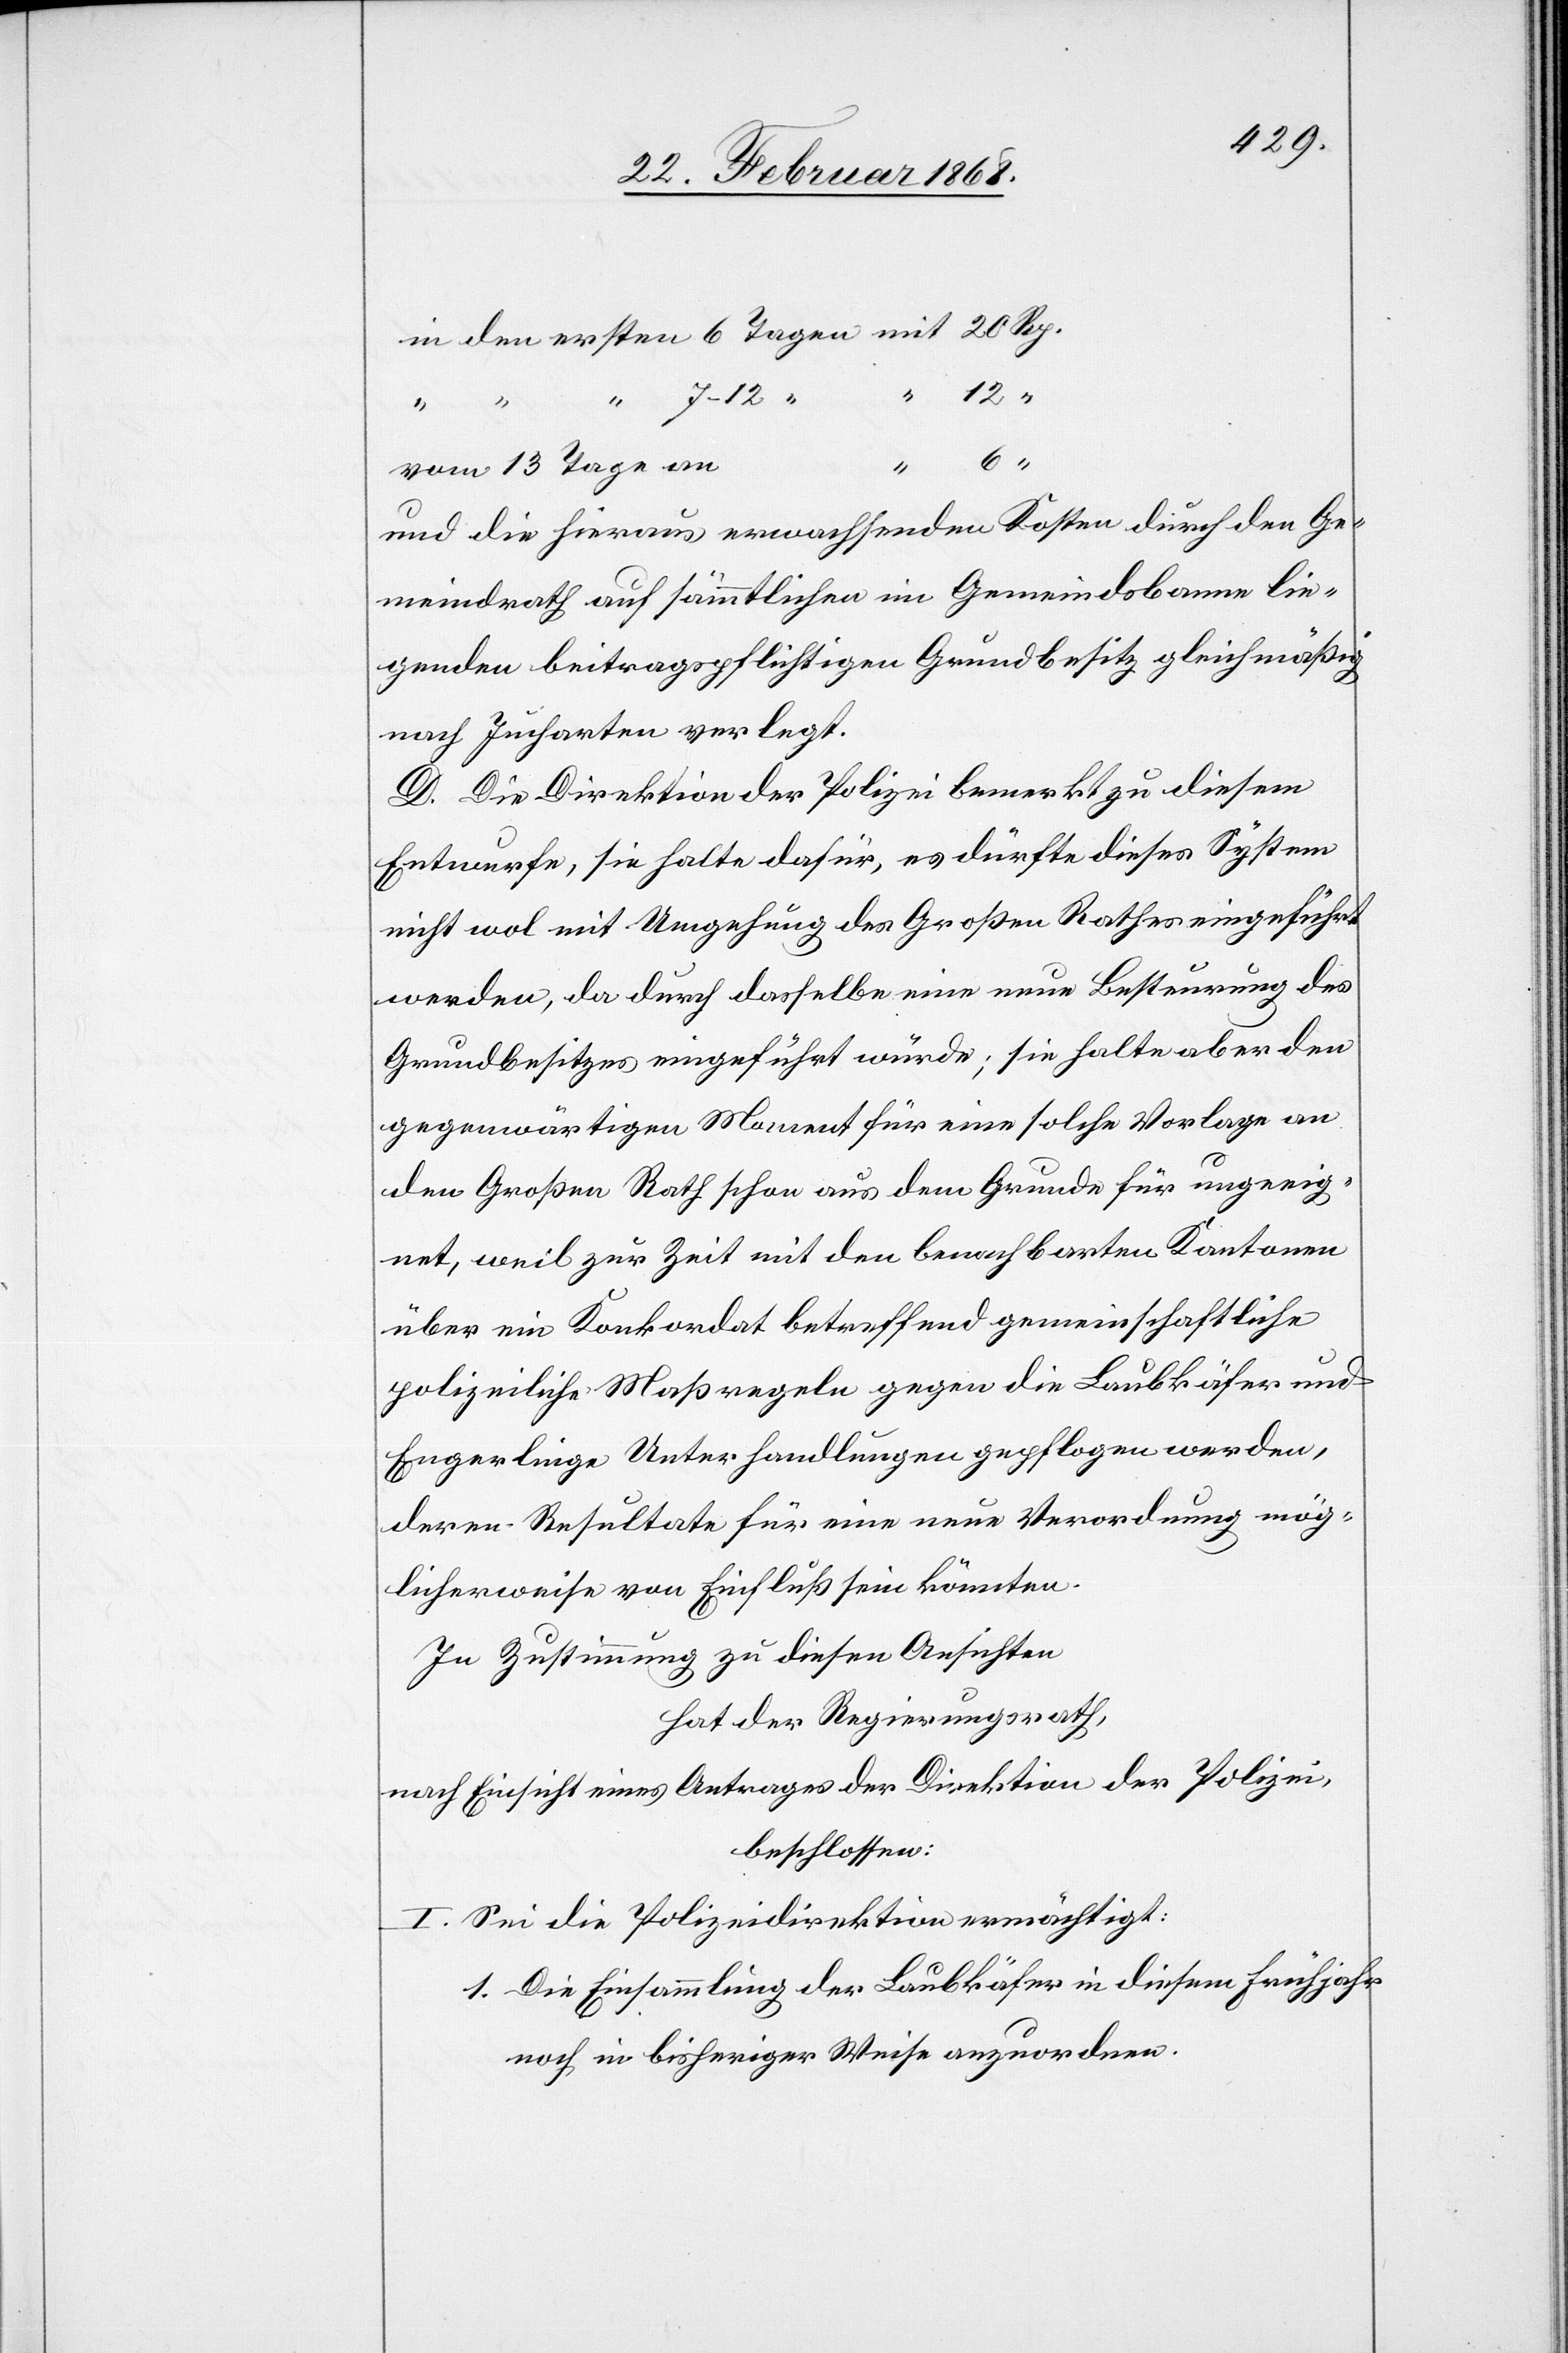
1.
vom 13 Tage an
und die hieraus erwachsenden Kosten durch den Ge¬
meindrath auf sämmtlichen im Gemeindsbanne lie¬
genden beitragspflichtigen Grundbesitz gleichmäßig
nach Jucharten verlegt.
D. Die Direktion der Polizei bemerkt zu diesem
Entwurfe, sie halte dafür, es dürfte dieses System
nicht wol mit Umgehung des Großen Rathes eingeführt
werden, da durch dasselbe eine neue Besteurung des
Grundbesitzes eingeführt würde; sie halte aber den
gegenwärtigen Moment für eine solche Vorlage an
den Großen Rath schon aus dem Grunde für ungeeig¬
net, weil zur Zeit mit den benachbarten Kantonen
über ein Konkordat betreffend gemeinschaftliche
polizeiliche Maßregeln gegen die Laubkäfer und
Engerlinge Unterhandlungen gepflogen werden,
deren Resultate für eine neue Verordnung mög¬
licherweise von Einfluß sein könnten.
In Zustimmung zu diesen Ansichten
hat der Regierungsrath,
nach Einsicht eines Antrages der Direktion der Polizei,
beschlossen:
I. Sei die Polizeidirektion ermächtigt:
Die Einsammlung der Laubkäfer in diesem Frühjahr
noch in bisheriger Weise anzuordnen.